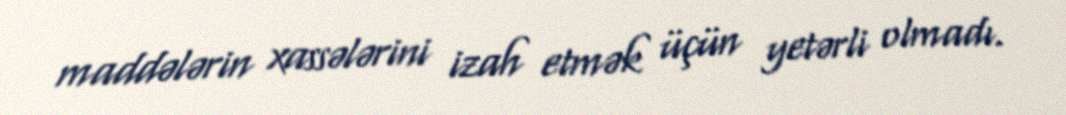
maddələrin xassələrini izah etmək üçün yetərli olmadı.